Plague in India, 1896, 1897 - Volume 1
Year: 1896
Disease focus: Plague
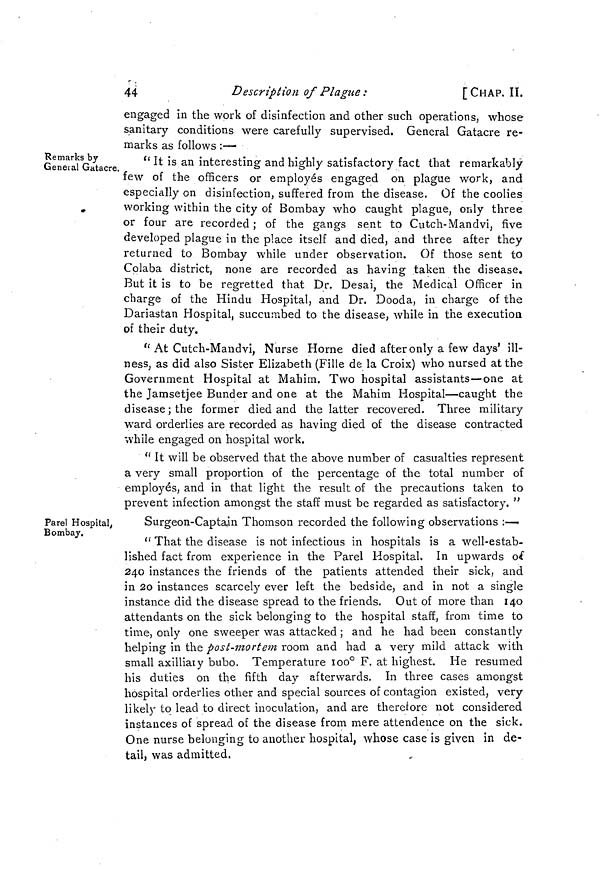
44
Description of Plague :
[CHAP. II.
engaged in the work of disinfection and other such operations, whose
sanitary conditions were carefully supervised. General Gatacre re-
marks as follows :—
Remarks by
Genetal Gatacre.
" It is an interesting and highly satisfactory fact that remarkably
few of the officers or employés engaged on plague work, and
especially on disinfection, suffered from the disease. Of the coolies
working within the city of Bombay who caught plague, only three
or four are recorded ; of the gangs sent to Cutch-Mandvi, five
developed plague in the place itself and died, and three after they
returned to Bombay while under observation. Of those sent to
Colaba district, none are recorded as having taken the disease.
But it is to be regretted that Dr. Desai, the Medical Officer in
charge of the Hindu Hospital, and Dr. Dooda, in charge of the
Dariastan Hospital, succumbed to the disease, while in the execution
of their duty.
" At Cutch-Mandvi, Nurse Home died after only a few days' ill-
ness, as did also Sister Elizabeth (Fille de la Croix) who nursed at the
Government Hospital at Mahim. Two hospital assistants—one at
the Jamsetjee Bunder and one at the Mahim Hospital—caught the
disease; the former died and the latter recovered. Three military
ward orderlies are recorded as having died of the disease contracted
while engaged on hospital work.
" It will be observed that the above number of casualties represent
a very small proportion of the percentage of the total number of
employés, and in that light the result of the precautions taken to
prevent infection amongst the staff must be regarded as satisfactory. "
Parel Hospital,
Bombay.
Surgeon-Captain Thomson recorded the following observations :—
" That the disease is not infectious in hospitals is a well-estab-
lished fact from experience in the Parel Hospital. In upwards of
240 instances the friends of the patients attended their sick, and
in 20 instances scarcely ever left the bedside, and in not a single
instance did the disease spread to the friends. Out of more than 140
attendants on the sick belonging to the hospital staff, from time to
time, only one sweeper was attacked ; and he had been constantly
helping in the post-mortem room and had a very mild attack with
small axilliaiy bubo. Temperature 100° F. at highest. He resumed
his duties on the fifth day afterwards. In three cases amongst
hospital orderlies other and special sources of contagion existed, very
likely to lead to direct inoculation, and are therefore not considered
instances of spread of the disease from mere attendence on the sick.
One nurse belonging to another hospital, whose case is given in de-
tail, was admitted.